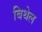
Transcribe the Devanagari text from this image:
बिथेल